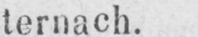
ternach.